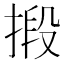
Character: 𢯫